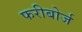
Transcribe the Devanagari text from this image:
फरीबोर्ज